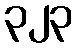
၃၂၃